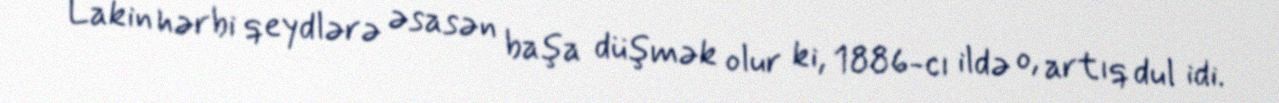
Lakin hərbi qeydlərə əsasən başa düşmək olur ki, 1886-cı ildə o, artıq dul idi.